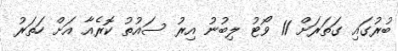
ބުރުގައި ގަތަރަށް 11 ވޯޓު ލިބުނު އިރު ސައުތު ކޮރެއާ އަށް ހަތަރު